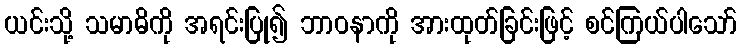
ယင်းသို့ သမာဓိကို အရင်းပြု၍ ဘာဝနာကို အားထုတ်ခြင်းဖြင့် စင်ကြယ်ပါသော်